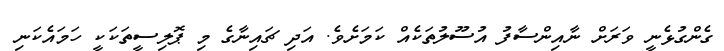
ގެންގުޅެނީ ވަރަށް ނާއިންސާފު އުސޫލުތަކެއް ކަމަށެވެ. އަދި ޗައިނާގެ މި ޕޮލިސީތަކަކީ ހަމައެކަނި